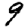
Digit: 9